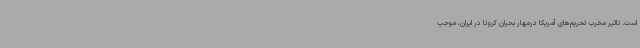
است. تاثیر مخرب تحریم‌های آمریکا درمهار بحران کرونا در ایران، موجب